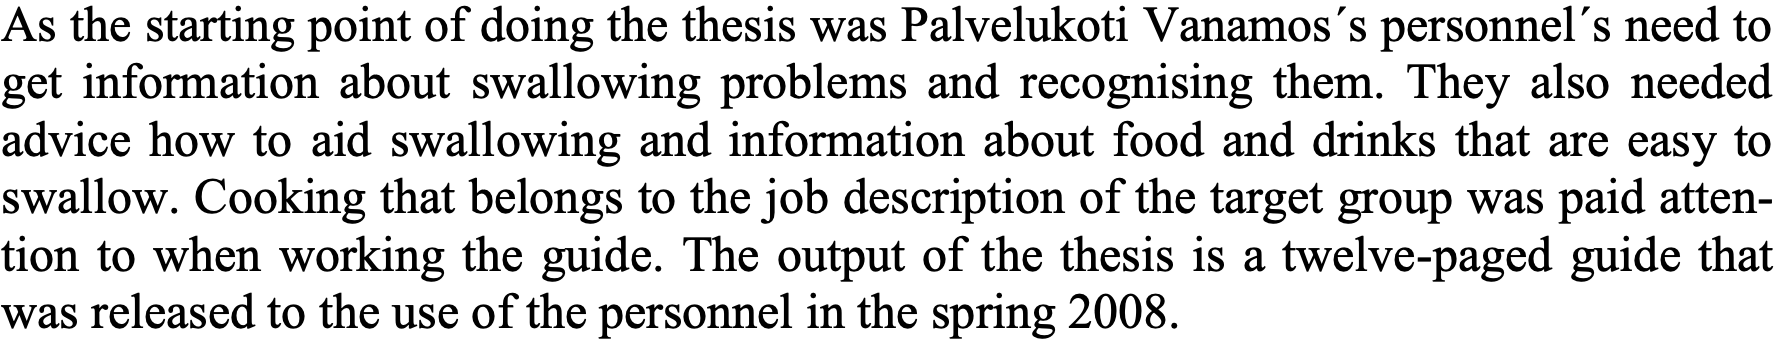
As the starting point of doing the thesis was Palvelukoti Vanamos´s personnel´s need to get information about swallowing problems and recognising them. They also needed advice how to aid swallowing and information about food and drinks that are easy to swallow. Cooking that belongs to the job description of the target group was paid atten- tion to when working the guide. The output of the thesis is a twelve-paged guide that was released to the use of the personnel in the spring 2008.